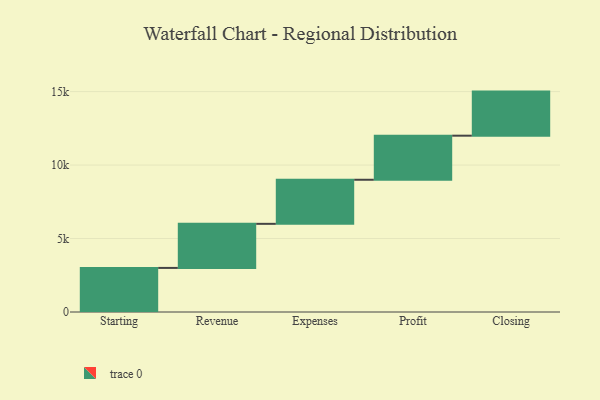
{"axis": {"x": "Step", "y": "Value"}, "legend": [""], "data": [{"x": "Starting", "y": 3000, "type": ""}, {"x": "Revenue", "y": 3000, "type": ""}, {"x": "Expenses", "y": 3000, "type": ""}, {"x": "Profit", "y": 3000, "type": ""}, {"x": "Closing", "y": 3000, "type": ""}]}